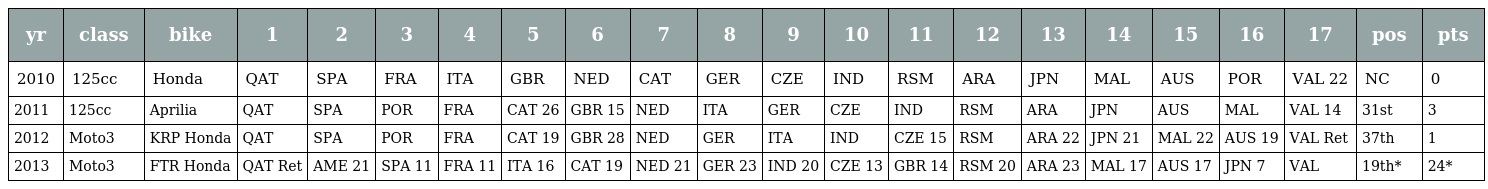
| yr | class | bike | 1 | 2 | 3 | 4 | 5 | 6 | 7 | 8 | 9 | 10 | 11 | 12 | 13 | 14 | 15 | 16 | 17 | pos | pts |
 | --- | --- | --- | --- | --- | --- | --- | --- | --- | --- | --- | --- | --- | --- | --- | --- | --- | --- | --- | --- | --- | --- |
 | 2010 | 125cc | Honda | QAT | SPA | FRA | ITA | GBR | NED | CAT | GER | CZE | IND | RSM | ARA | JPN | MAL | AUS | POR | VAL 22 | NC | 0 |
 | 2011 | 125cc | Aprilia | QAT | SPA | POR | FRA | CAT 26 | GBR 15 | NED | ITA | GER | CZE | IND | RSM | ARA | JPN | AUS | MAL | VAL 14 | 31st | 3 |
 | 2012 | Moto3 | KRP Honda | QAT | SPA | POR | FRA | CAT 19 | GBR 28 | NED | GER | ITA | IND | CZE 15 | RSM | ARA 22 | JPN 21 | MAL 22 | AUS 19 | VAL Ret | 37th | 1 |
 | 2013 | Moto3 | FTR Honda | QAT Ret | AME 21 | SPA 11 | FRA 11 | ITA 16 | CAT 19 | NED 21 | GER 23 | IND 20 | CZE 13 | GBR 14 | RSM 20 | ARA 23 | MAL 17 | AUS 17 | JPN 7 | VAL | 19th* | 24* |